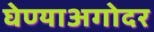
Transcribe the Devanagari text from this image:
घेण्याअगोदर